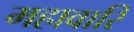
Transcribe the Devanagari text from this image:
महावारि